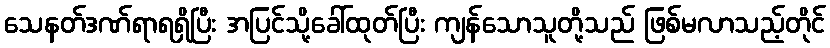
သေနတ်ဒဏ်ရာရရှိပြီး အပြင်သို့ခေါ်ထုတ်ပြီး ကျန်သောသူတို့သည် ဖြစ်မလာသည့်တိုင်